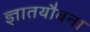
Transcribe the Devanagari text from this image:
ज्ञातयौवना